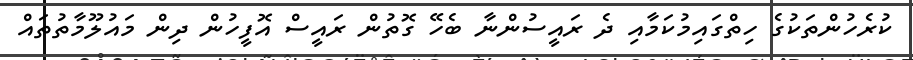
ކުރެހުންތަކުގެ ހިތްގައިމުކަމާއި ދެ ރައީސުންނާ ބެހޭ ގޮތުން ރައީސް އޮފީހުން ދިން މައުލޫމާތުތައް